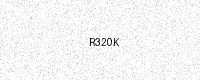
Text: R320K